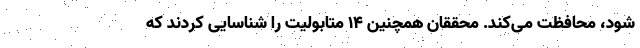
شود، محافظت می‌کند. محققان همچنین ۱۴ متابولیت را شناسایی کردند که